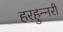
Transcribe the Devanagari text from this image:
हरहुन्‍नरी